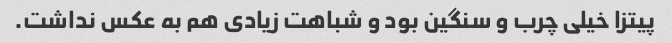
پیتزا خیلی چرب و سنگین بود و شباهت زیادی هم به عکس نداشت.